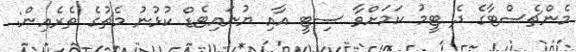
މެންޗެސްޓާގެ ދެ ޓީމު ކަމަށްވާ ސިޓީ އާއި ޔުނައިޓެޑް ކުޅުނު މެޗުގެ ތެރެއިން: